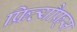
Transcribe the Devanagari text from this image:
फ्रित्यौफ़्स